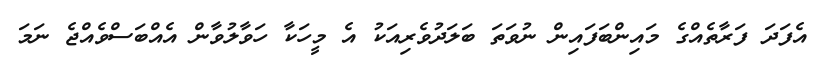
އެފަދަ ފަރާތެއްގެ މައިންބަފައިން ނުވަތަ ބަލަދުވެރިއަކު އެ މީހަކާ ހަވާލުވާން އެއްބަސްވެއްޖެ ނަމަ